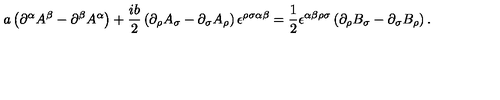
a \left( \partial ^ { \alpha } A ^ { \beta } - \partial ^ { \beta } A ^ { \alpha } \right) + \frac { i b } { 2 } \left( \partial _ { \rho } A _ { \sigma } - \partial _ { \sigma } A _ { \rho } \right) \epsilon ^ { \rho \sigma \alpha \beta } = \frac { 1 } { 2 } \epsilon ^ { \alpha \beta \rho \sigma } \left( \partial _ { \rho } B _ { \sigma } - \partial _ { \sigma } B _ { \rho } \right) .